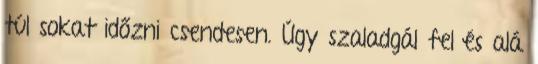
túl sokat időzni csendesen. Úgy szaladgál fel és alá